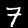
Label: 7